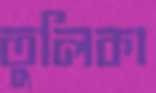
তুলিকা